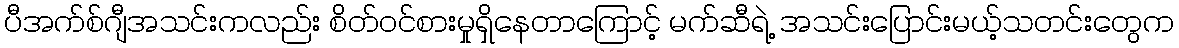
ပီအက်စ်ဂျီအသင်းကလည်း စိတ်ဝင်စားမှုရှိနေတာကြောင့် မက်ဆီရဲ့ အသင်းပြောင်းမယ့်သတင်းတွေက